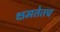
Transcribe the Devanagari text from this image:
क्षमतेतच